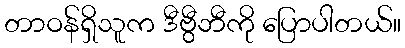
တာဝန်ရှိသူက ဒီဗွီဘီကို ပြောပါတယ်။